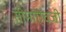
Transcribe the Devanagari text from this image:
सीमांऐवजी